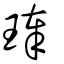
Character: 琫